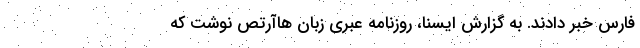
فارس خبر دادند. به گزارش ایسنا، روزنامه عبری زبان هاآرتص نوشت که